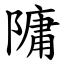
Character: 䧡